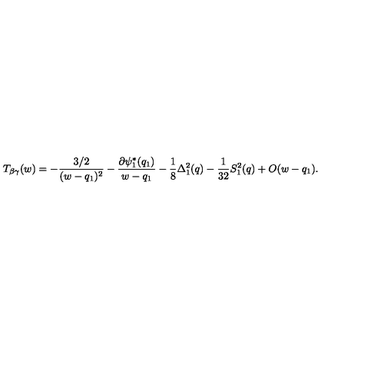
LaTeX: T _ { \beta \gamma } ( w ) = - { \frac { 3 / 2 } { ( w - q _ { 1 } ) ^ { 2 } } } - { \frac { \partial \psi _ { 1 } ^ { * } ( q _ { 1 } ) } { w - q _ { 1 } } } - { \frac { 1 } { 8 } } \Delta _ { 1 } ^ { 2 } ( q ) - { \frac { 1 } { 3 2 } } S _ { 1 } ^ { 2 } ( q ) + O ( w - q _ { 1 } ) .